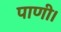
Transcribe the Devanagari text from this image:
पाणी।